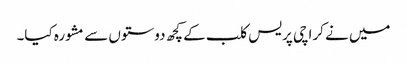
میں نے کراچی پریس کلب کے کچھ دوستوں سے مشورہ کیا۔